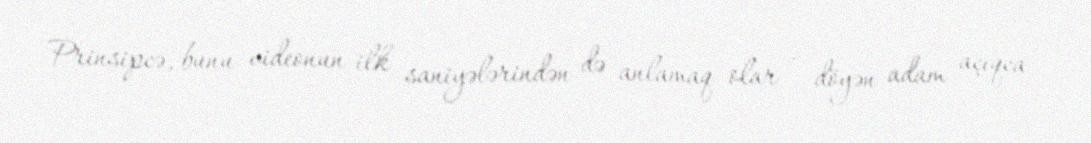
Prinsipcə, bunu videonun ilk saniyələrindən də anlamaq olar - döyən adam açıqca